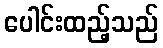
ပေါင်းထည့်သည်